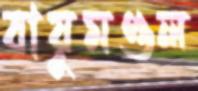
বায়ুমণ্ডল